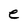
Character: e